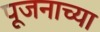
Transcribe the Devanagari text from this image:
पूजनाच्या